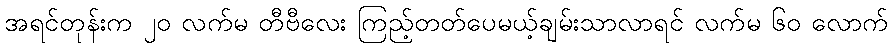
အရင်တုန်းက ၂၀ လက်မ တီဗီလေး ကြည့်တတ်ပေမယ့်ချမ်းသာလာရင် လက်မ ၆၀ လောက်